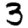
Digit: 3